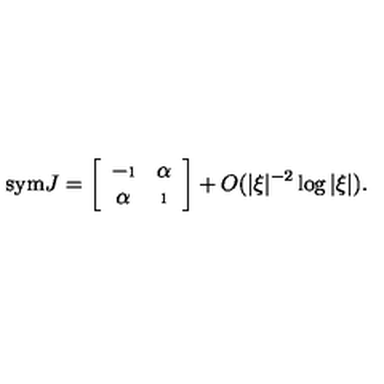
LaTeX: \mathrm { s y m } J = \left[ \begin{array} { c c } { - \i } & { \alpha } \\ { \alpha } & { \i } \\ \end{array} \right] + O ( | \xi | ^ { - 2 } \log | \xi | ) .